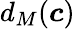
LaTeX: d_{M}(\boldsymbol{c})